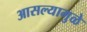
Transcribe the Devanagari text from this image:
आसल्‍यामुळे